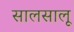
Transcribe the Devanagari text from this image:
सालसालू